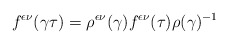
\begin{align*}f^{\epsilon\nu}(\gamma\tau)=\rho^{\epsilon\nu}(\gamma)f^{\epsilon\nu}(\tau)\rho(\gamma)^{-1}\end{align*}